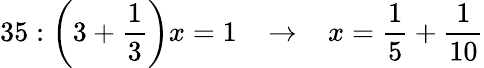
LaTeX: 35:{\bigg(}3+{\frac{1}{3}}{\bigg)}x=1\; \; \; \rightarrow\; \; \; x={\frac{1}{5}}+{\frac{1}{10}}